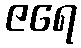
ဇရေ